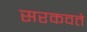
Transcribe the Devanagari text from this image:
सरकवते